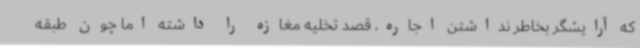
که آرایشگر بخاطر نداشتن اجاره، قصد تخلیه مغازه را داشته اما چون طبقه